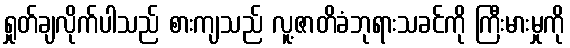
ရှုတ်ချလိုက်ပါသည် စားကျသည် လူ့ဇာတိခံဘုရားသခင်ကို ကြီးမားမှုကို